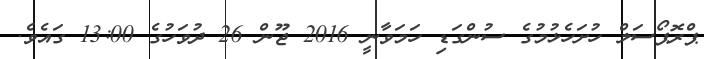
ޕްރޮޕޯސަލް ހުށަހެޅުމުގެ ސުންގަޑި ހަމަވާނީ 2016 ޖޫން 26 ދުވަހުގެ 13:00 ގައެވެ.